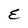
Character: E